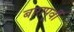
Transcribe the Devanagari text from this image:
बारापूर्वी